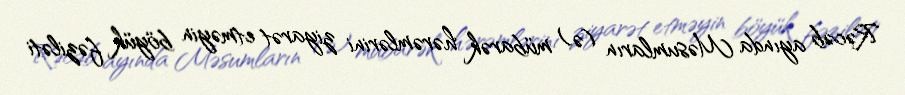
Rəcəb ayında Məsumların (ə) mübarək hərəmlərini ziyarət etməyin böyük fəziləti